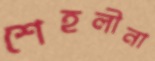
শেহলীনা